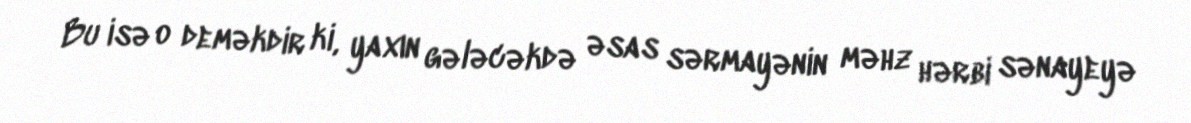
Bu isə o deməkdir ki, yaxın gələcəkdə əsas sərmayənin məhz hərbi sənayeyə